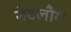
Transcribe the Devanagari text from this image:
नेटलौग